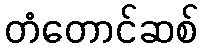
တံတောင်ဆစ်